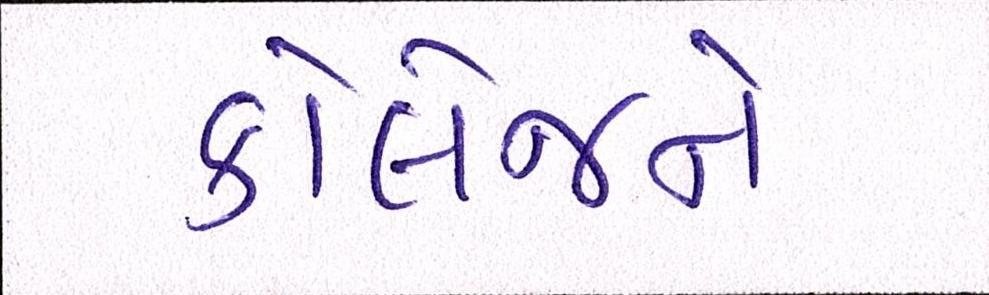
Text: કોલેજને